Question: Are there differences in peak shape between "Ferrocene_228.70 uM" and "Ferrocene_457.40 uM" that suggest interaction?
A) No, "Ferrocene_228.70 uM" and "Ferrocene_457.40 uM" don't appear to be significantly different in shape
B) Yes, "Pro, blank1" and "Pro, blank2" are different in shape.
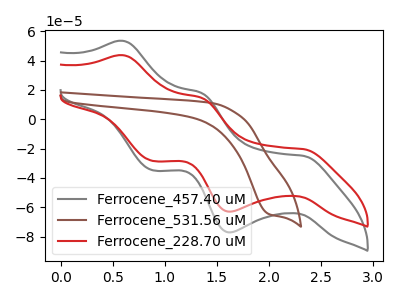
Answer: <think>The gray curve "Ferrocene_457.40 uM" has anodic peaks at (0.60V, 53.45uA) (1.35V, 18.00uA) and cathodic peaks at (2.35V, -24.95uA) (1.65V, -77.10uA) (0.90V, -34.80uA). The brown curve "Ferrocene_531.56 uM" has a cathodic peak at: (2.00V, -64.70uA). The red curve "Ferrocene_228.70 uM" has anodic peaks at (0.60V, 43.65uA) (1.35V, 14.70uA) and cathodic peaks at (2.35V, -20.40uA) (1.65V, -63.00uA) (0.90V, -28.40uA).
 All the peaks in "Ferrocene_228.70 uM" have a peak in "Ferrocene_457.40 uM" at the same potential. Every peak in "Ferrocene_228.70 uM" is lower than every peak in "Ferrocene_457.40 uM".</think>
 <answer>A) No, "Ferrocene_228.70 uM" and "Ferrocene_457.40 uM" don't appear to be significantly different in shape</answer>
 <eval>A</eval>